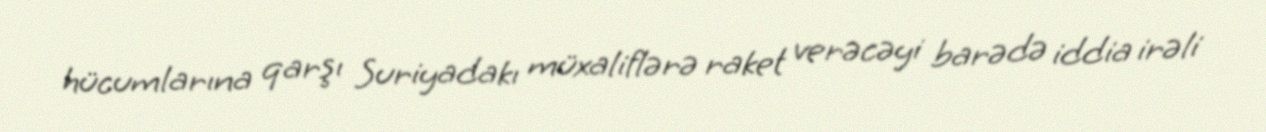
hücumlarına qarşı Suriyadakı müxaliflərə raket verəcəyi barədə iddia irəli